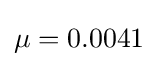
{\textstyle \mu =0.0041}